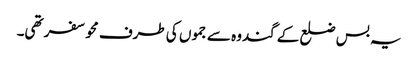
یہ بس ضلع کے گندوہ سے جموں کی طرف محو سفر تھی۔